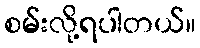
စမ်းလို့ရပါတယ်။